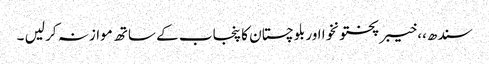
سندھ،، خیبر پختونخوا اور بلوچستان کا پنجاب کے ساتھ موازنہ کر لیں ۔